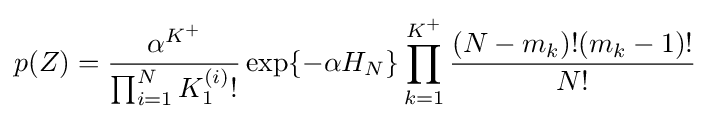
p(Z)={\frac {\alpha ^{K^{+}}}{\prod _{i=1}^{N}K_{1}^{(i)}!}}\exp\{-\alpha H_{N}\}\prod _{k=1}^{K^{+}}{\frac {(N-m_{k})!(m_{k}-1)!}{N!}}